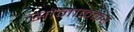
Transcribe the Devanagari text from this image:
सोनाळकर